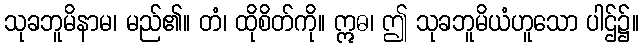
သုခဘူမိနာမ၊ မည်၏။ တံ၊ ထိုစိတ်ကို။ ဣဓ၊ ဤ သုခဘူမိယံဟူသော ပါဌ်၌။